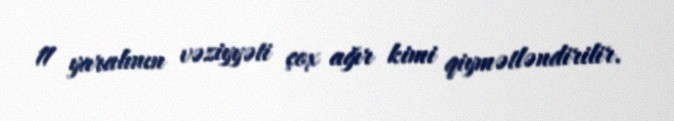
11 yaralının vəziyyəti çox ağır kimi qiymətləndirilir.